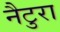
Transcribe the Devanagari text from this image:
नैटुरा